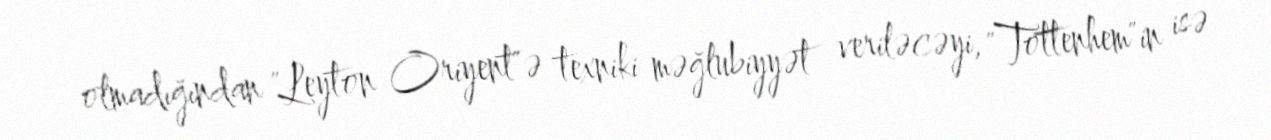
olmadığından "Leyton Oriyent"ə texniki məğlubiyyət veriləcəyi, "Tottenhem"in isə